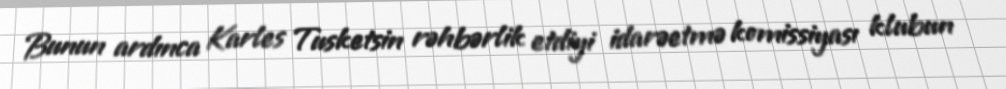
Bunun ardınca Karles Tusketsin rəhbərlik etdiyi idarəetmə komissiyası klubun